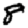
Digit: 8